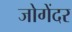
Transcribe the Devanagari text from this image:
जोगेंदर